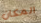
المكان